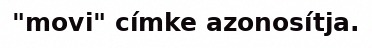
"movi" címke azonosítja.